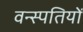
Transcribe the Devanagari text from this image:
वन्स्पतियों